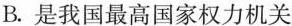
B.是我国最高国家权力机关